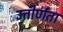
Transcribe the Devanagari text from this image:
उत्तीर्णता